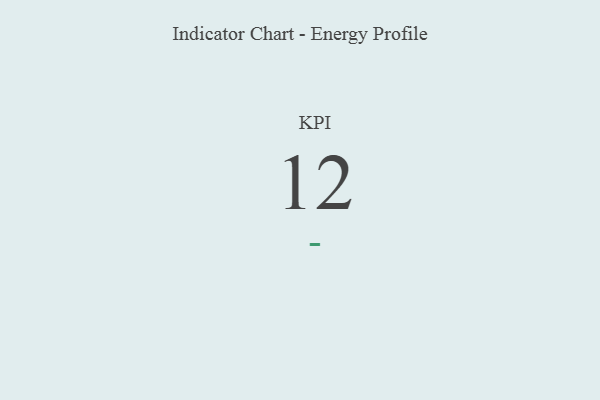
{"axis": {"x": "KPI", "y": "Value"}, "legend": [""], "data": [{"x": "KPI", "y": 12, "type": ""}]}